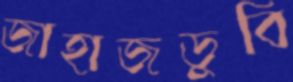
জাহাজডুবি